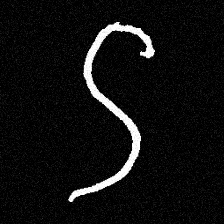
Pyu character \u2014 Myanmar letter: ဌ (romanized: ttha)